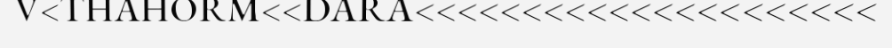
V<THAHORM<<DARA<<<<<<<<<<<<<<<<<<<<<